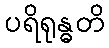
ပရိရုန္ဓတိ